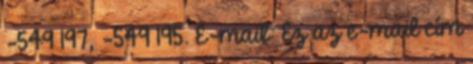
-549 197, -549 195. E-mail: Ez az e-mail cím